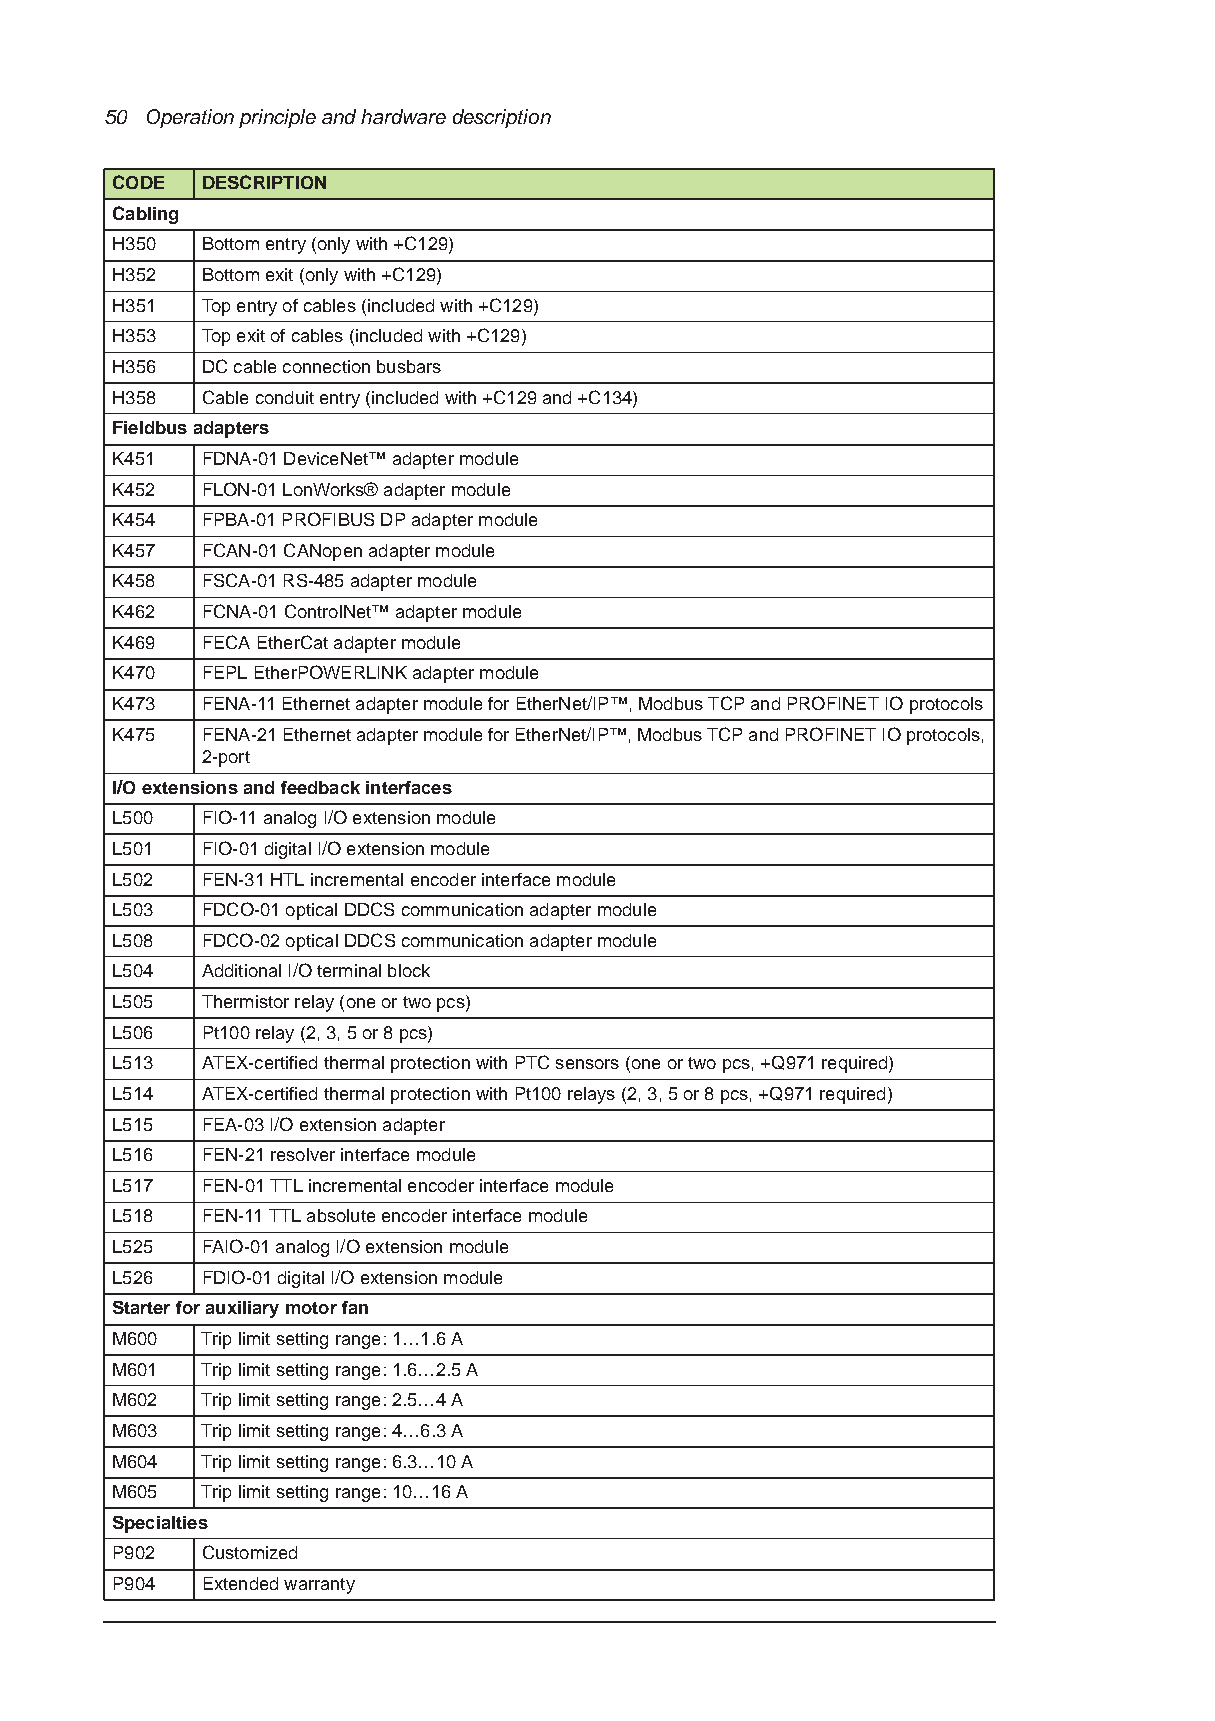
50 Operation principle and hardware description
 CODE  DESCRIPTION
 Cabling
 H350  Bottom entry (only with +C129)
 H352  Bottom exit (only with +C129)
 H351  Top entry of cables (included with +C129)
 H353  Top exit of cables (included with +C129)
 H356  DC cable connection busbars
 H358  Cable conduit entry (included with +C129 and +C134)
 Fieldbus adapters
 K451  FDNA-01 DeviceNet™ adapter module
 K452  FLON-01 LonWorks® adapter module
 K454  FPBA-01 PROFIBUS DP adapter module
 K457  FCAN-01 CANopen adapter module
 K458  FSCA-01 RS-485 adapter module
 K462  FCNA-01 ControlNet™ adapter module
 K469  FECA EtherCat adapter module
 K470  FEPL EtherPOWERLINK adapter module
 K473  FENA-11 Ethernet adapter module for EtherNet/IP™, Modbus TCP and PROFINET IO protocols
 K475  FENA-21 Ethernet adapter module for EtherNet/IP™, Modbus TCP and PROFINET IO protocols,
 2-port
 I/O extensions and feedback interfaces
 L500  FIO-11 analog I/O extension module
 L501  FIO-01 digital I/O extension module
 L502  FEN-31 HTL incremental encoder interface module
 L503  FDCO-01 optical DDCS communication adapter module
 L508  FDCO-02 optical DDCS communication adapter module
 L504  Additional I/O terminal block
 L505  Thermistor relay (one or two pcs)
 L506  Pt100 relay (2, 3, 5 or 8 pcs)
 L513  ATEX-certified thermal protection with PTC sensors (one or two pcs, +Q971 required)
 L514  ATEX-certified thermal protection with Pt100 relays (2, 3, 5 or 8 pcs, +Q971 required)
 L515  FEA-03 I/O extension adapter
 L516  FEN-21 resolver interface module
 L517  FEN-01 TTL incremental encoder interface module
 L518  FEN-11 TTL absolute encoder interface module
 L525  FAIO-01 analog I/O extension module
 L526  FDIO-01 digital I/O extension module
 Starter for auxiliary motor fan
 M600  Trip limit setting range: 1…1.6A
 M601  Trip limit setting range: 1.6…2.5A
 M602  Trip limit setting range: 2.5…4A
 M603  Trip limit setting range: 4…6.3A
 M604  Trip limit setting range: 6.3…10A
 M605  Trip limit setting range: 10…16A
 Specialties
 P902  Customized
 P904  Extended warranty